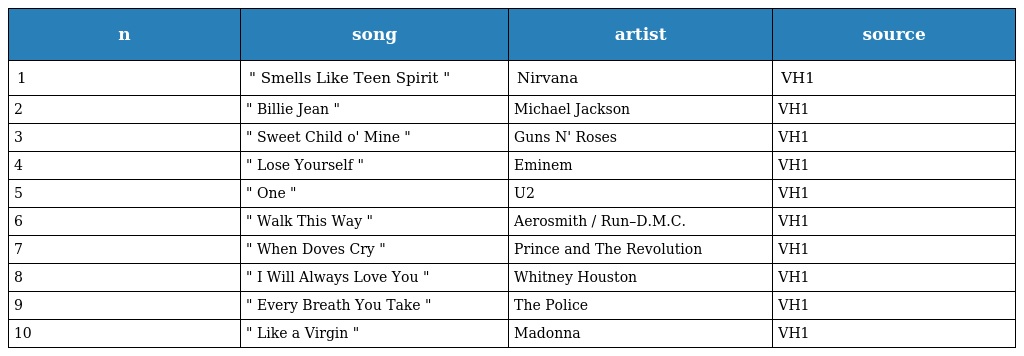
| n | song | artist | source |
 | --- | --- | --- | --- |
 | 1 | " Smells Like Teen Spirit " | Nirvana | VH1 |
 | 2 | " Billie Jean " | Michael Jackson | VH1 |
 | 3 | " Sweet Child o' Mine " | Guns N' Roses | VH1 |
 | 4 | " Lose Yourself " | Eminem | VH1 |
 | 5 | " One " | U2 | VH1 |
 | 6 | " Walk This Way " | Aerosmith / Run–D.M.C. | VH1 |
 | 7 | " When Doves Cry " | Prince and The Revolution | VH1 |
 | 8 | " I Will Always Love You " | Whitney Houston | VH1 |
 | 9 | " Every Breath You Take " | The Police | VH1 |
 | 10 | " Like a Virgin " | Madonna | VH1 |